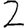
Digit: 2